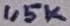
Text: 1,5K